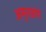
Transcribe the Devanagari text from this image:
अमृतडांगे